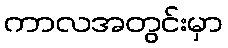
ကာလအတွင်းမှာ